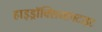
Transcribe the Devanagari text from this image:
हाइड्रॉक्सियापटाइट